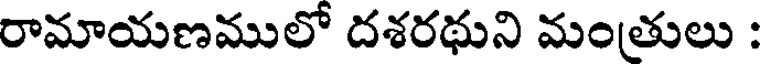
రామాయణములో దశరథుని మంతులు :